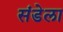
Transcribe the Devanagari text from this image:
संडेला